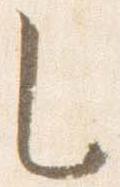
之